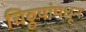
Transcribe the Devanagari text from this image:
चिठ्ठयांमधून